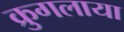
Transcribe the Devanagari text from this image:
क्रुगलाया